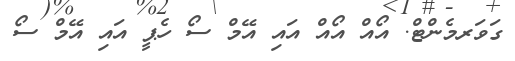
ގަވަރމެންޓް. އޯއް އޯއް އައި އޭމް ސޯ ހެޕީ އައި އޭމް ސޯ